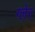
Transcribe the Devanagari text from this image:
ग्लेर